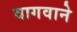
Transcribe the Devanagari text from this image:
वागवाने